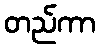
တည်ကာ